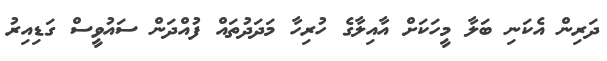
ދަރިން އެކަނި ބަލާ މީހަކަށް އާއިލާގެ ހުރިހާ މަދަދުތައް ފުއްދަން ސައުވީސް ގަޑިއިރު